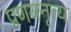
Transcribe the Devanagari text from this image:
प्रणयनृत्य